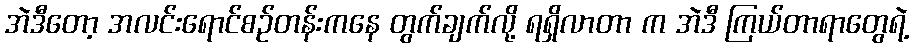
အဲဒီတော့ အလင်းရောင်စဉ်တန်းကနေ တွက်ချက်လို့ ရရှိလာတာ က အဲဒီ ကြယ်တာရာတွေရဲ့